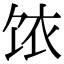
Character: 饻